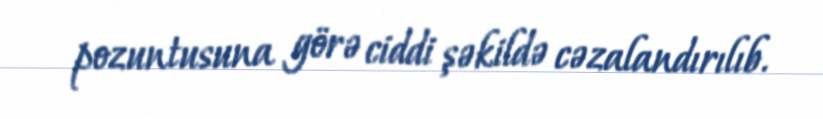
pozuntusuna görə ciddi şəkildə cəzalandırılıb.